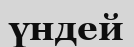
үндей